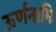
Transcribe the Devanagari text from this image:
ऊर्णनाभिः